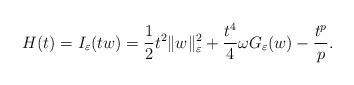
\begin{align*}H(t)=I_{\varepsilon}(tw)=\frac{1}{2}t^{2}\|w\|_{\varepsilon}^{2}+\frac{t^{4}}{4}\omega G_{\varepsilon}(w)-\frac{t^{p}}{p}.\end{align*}